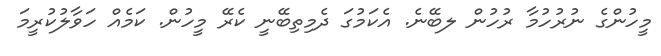
މީހުންގެ ނުރުހުމާ ރުހުން ލބޭނެ. އެކަމުގަ ދެމިތިބޭނީ ކެރޭ މީހުން. ކަމެއް ހަވާލުކުރީމަ